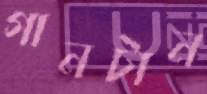
গানটান